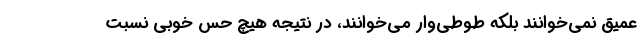
عمیق نمی‌خوانند بلکه طوطی‌وار می‌خوانند، در نتیجه هیچ حس خوبی نسبت